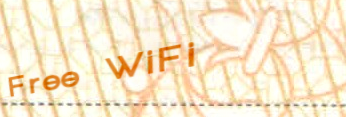
Free WiFi